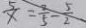
\frac { 5 } { x } = \frac { 2 } { 5 } - \frac { 5 } { 2 }